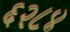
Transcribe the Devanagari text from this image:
६२८४